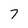
Character: 7